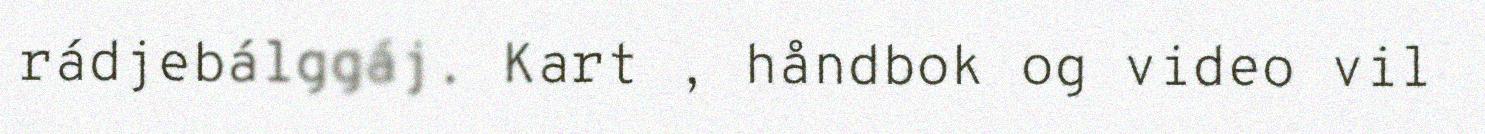
rádjebálggáj. Kart , håndbok og video vil